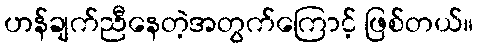
ဟန်ချက်ညီနေတဲ့အတွက်ကြောင့် ဖြစ်တယ်။